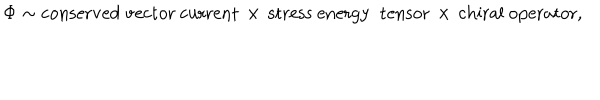
LaTeX: \Phi \sim \mathrm { c o n s e r v e d ~ v e c t o r ~ c u r r e n t } \, \times \, \mathrm { s t r e s s ~ e n e r g y ~ t e n s o r } \, \times \, \mathrm { c h i r a l ~ o p e r a t o r } ,